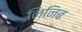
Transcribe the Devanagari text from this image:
निनिब